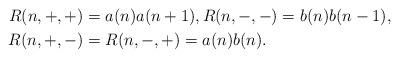
LaTeX: \begin{align*} R(n,+,+) &= a(n)a(n+1), R(n,-,-) = b(n)b(n-1), \\R(n,+,-) &= R(n,-,+) = a(n)b(n).\end{align*}